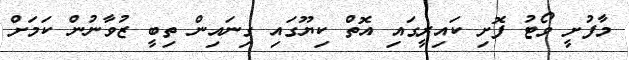
މާފުށީ ވޯޓު ފޮށި ކައިރީގައި އޮތް ކިޔޫގައި ގިނައިން ތިބީ ޒުވާނުން ކަމަށް